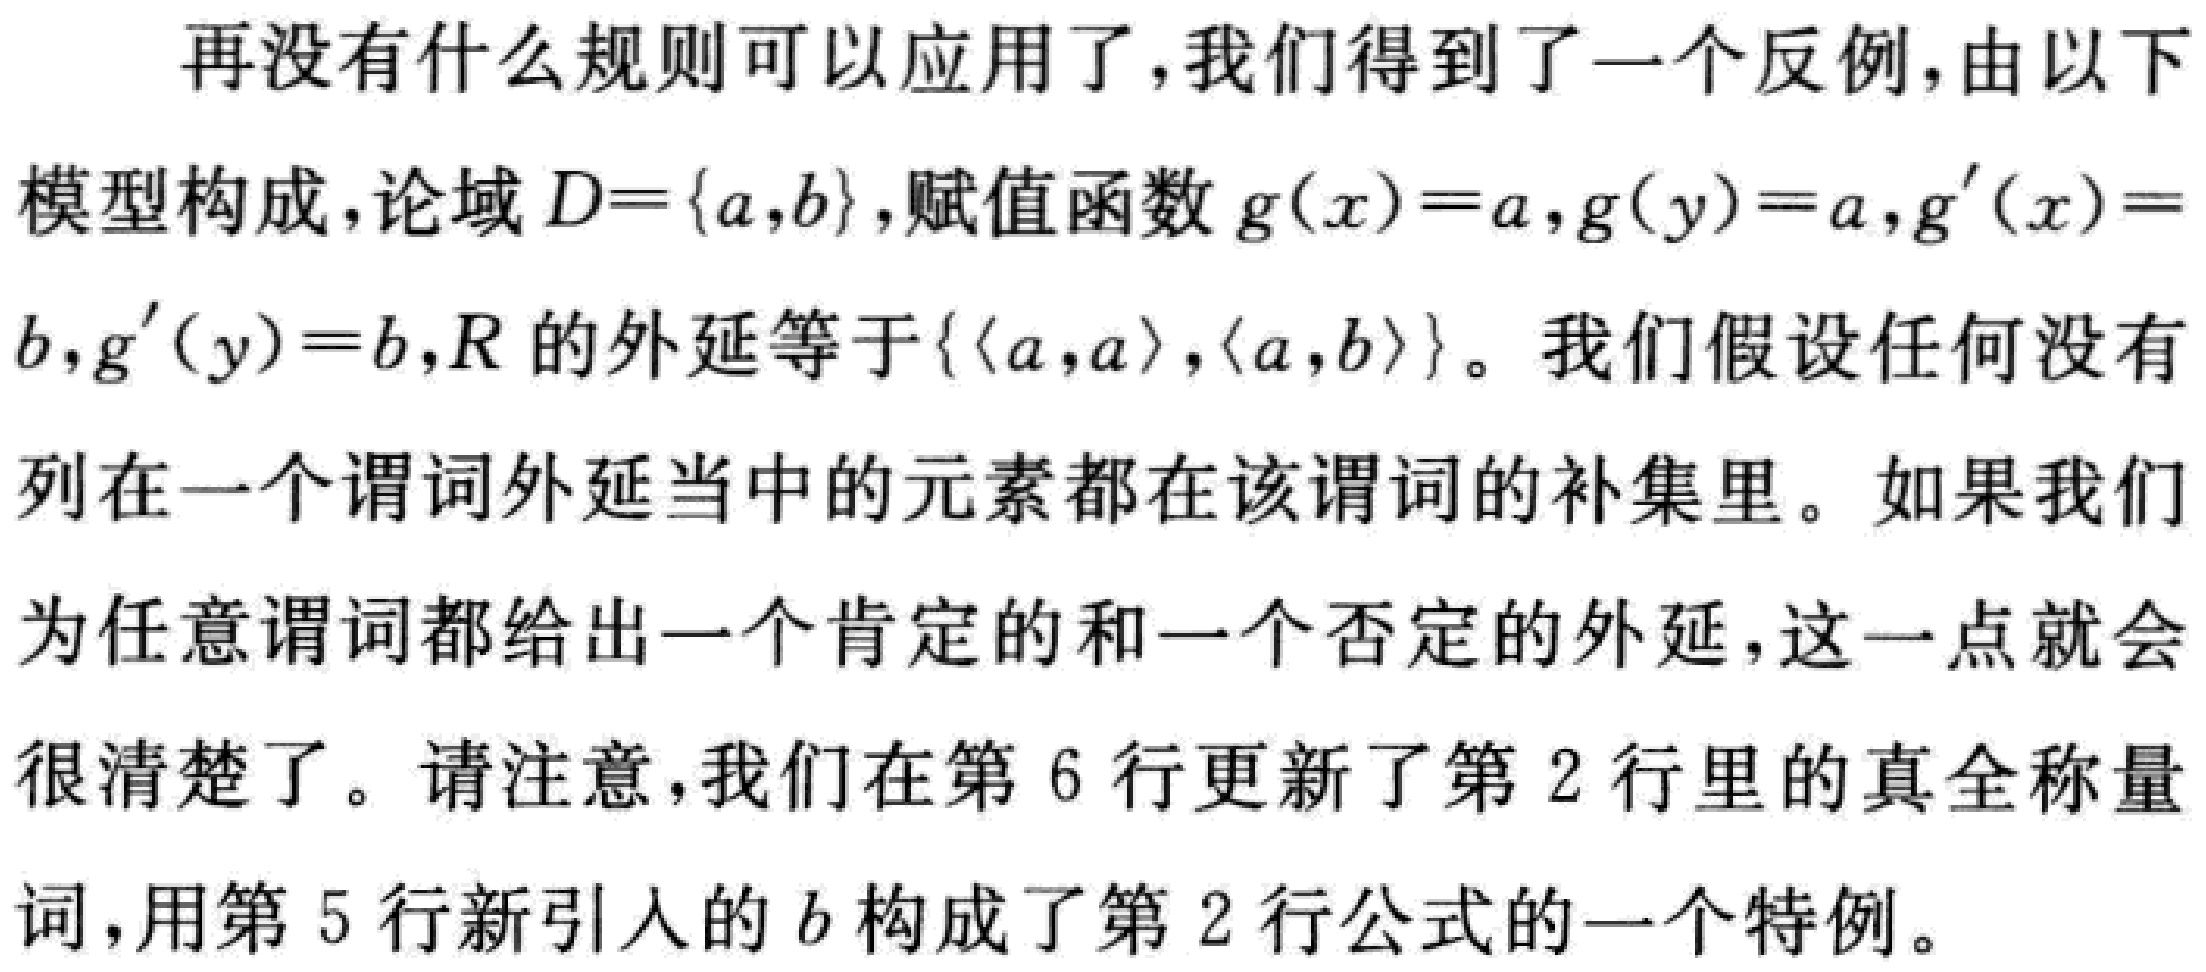
再没有什么规则可以应用了,我们得到了一个反例,由以下
模型构成,论域\(D = \{a,b\}\),赋值函数\(g(x)=a,g(y)=a,g^{\prime}(x)=
b,g^{\prime}(y)=b,R\)的外延等于\(\{\langle a,a\rangle,\langle a,b\rangle\}\)。我们假设任何没有
列在一个谓词外延当中的元素都在该谓词的补集里。如果我们
为任意谓词都给出一个肯定的和一个否定的外延,这一点就会
很清楚了。请注意,我们在第6行更新了第2行里的真全称量
词,用第5行新引入的\(b\)构成了第2行公式的一个特例。